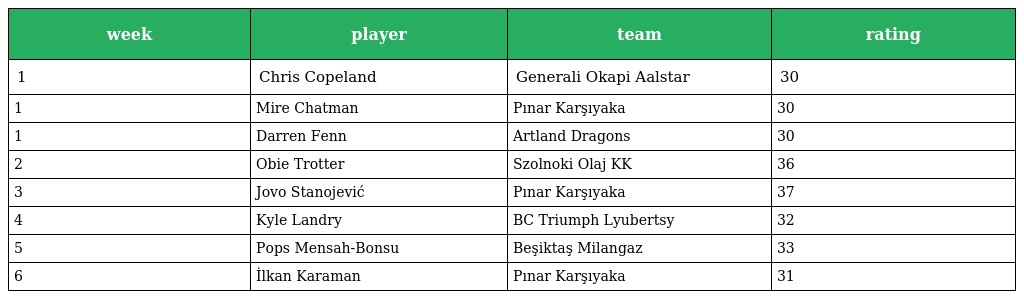
| week | player | team | rating |
 | --- | --- | --- | --- |
 | 1 | Chris Copeland | Generali Okapi Aalstar | 30 |
 | 1 | Mire Chatman | Pınar Karşıyaka | 30 |
 | 1 | Darren Fenn | Artland Dragons | 30 |
 | 2 | Obie Trotter | Szolnoki Olaj KK | 36 |
 | 3 | Jovo Stanojević | Pınar Karşıyaka | 37 |
 | 4 | Kyle Landry | BC Triumph Lyubertsy | 32 |
 | 5 | Pops Mensah-Bonsu | Beşiktaş Milangaz | 33 |
 | 6 | İlkan Karaman | Pınar Karşıyaka | 31 |